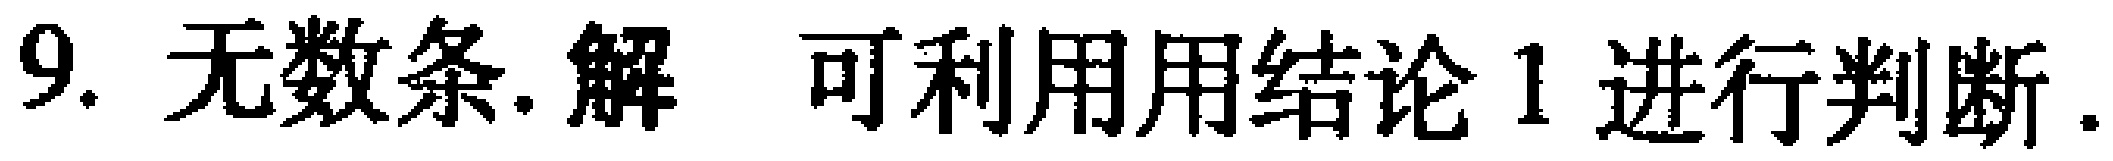
9. 无数条.解 可利用用结论 1 进行判断.